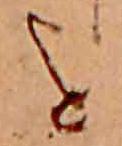
を